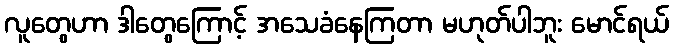
လူတွေဟာ ဒါတွေကြောင့် အသေခံနေကြတာ မဟုတ်ပါဘူး မောင်ရယ်